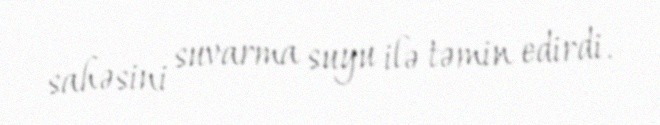
sahəsini suvarma suyu ilə təmin edirdi.